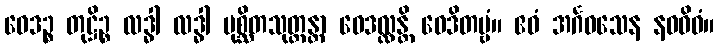
ဝေဒဉ္စ တုဋ္ဌိဉ္စ လဒ္ဓါ လဒ္ဓါ ပုစ္ဆိတသုတ္တန္တာ ဝေဒလ္လန္တိ ဝေဒိတဗ္ဗံ။ ဧဝံ အင်္ဂဝသေန နဝဝိဓံ။